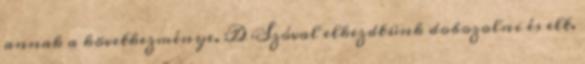
annak a következménye. :D Szóval elkezdtünk dobozolni és elt.